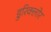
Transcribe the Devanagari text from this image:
डुरिक्लोर